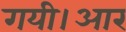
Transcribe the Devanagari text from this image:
गयी।आर